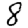
Digit: 8